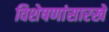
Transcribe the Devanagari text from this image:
विशेषणांसारखे